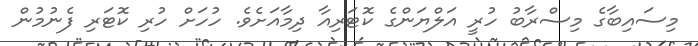
މިސައިބާގެ މިސްރާބު ހުރީ އަލްޔަންގެ ކޮޓަރިއާ ދިމާއަށެވެ. ހުހަށް ހުރި ކޮޓަރި ފެނުމުން